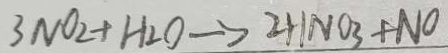
3 N O _ { 2 } + H _ { 2 } O \rightarrow 2 H N O _ { 3 } + N O